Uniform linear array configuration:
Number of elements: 64
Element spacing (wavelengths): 0.25
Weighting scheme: blackman
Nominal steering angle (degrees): -45
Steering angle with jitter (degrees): -45.114
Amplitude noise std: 0.05
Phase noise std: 0.05

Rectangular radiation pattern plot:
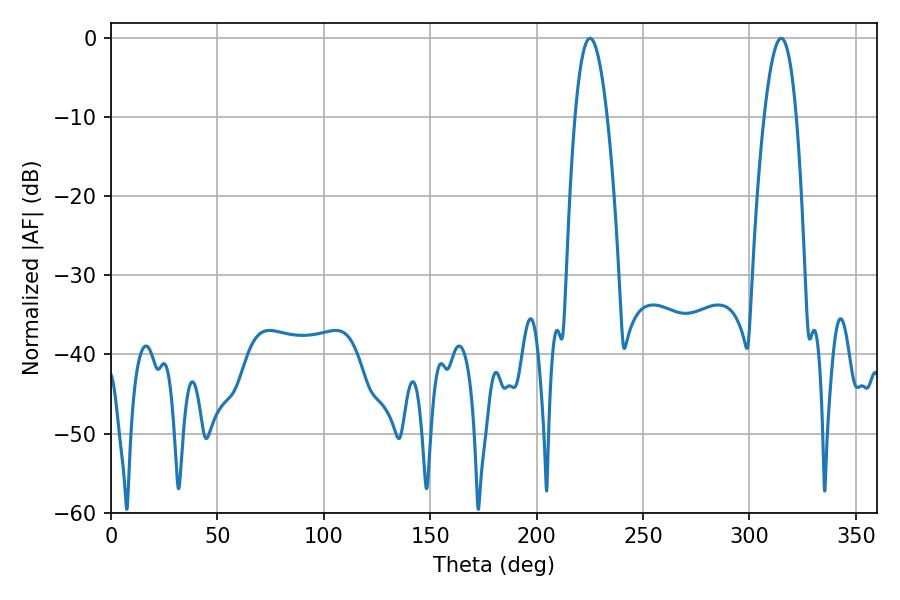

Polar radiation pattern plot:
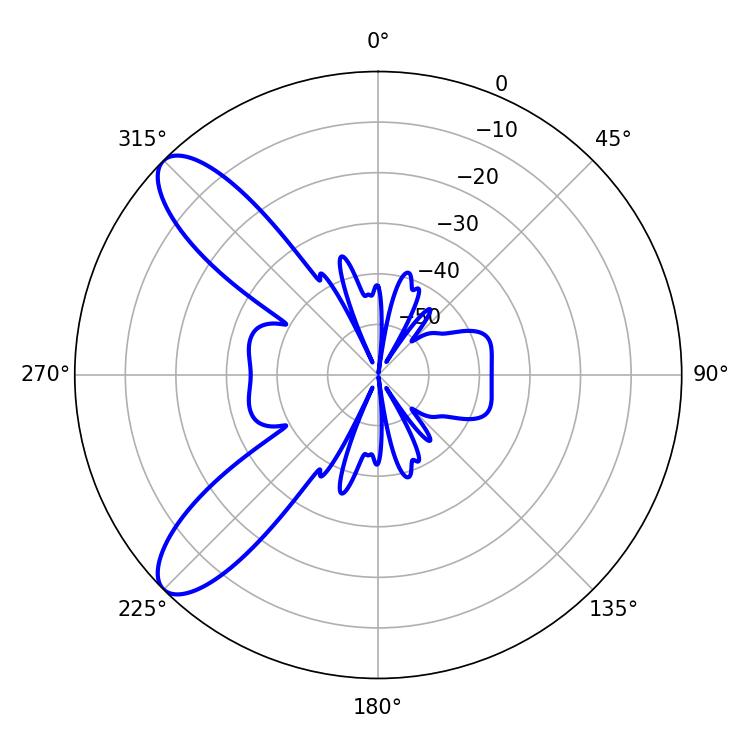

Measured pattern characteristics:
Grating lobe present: FALSE
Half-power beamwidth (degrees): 8.28
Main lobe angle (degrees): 225